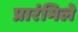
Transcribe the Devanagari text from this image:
प्रारंभिले